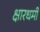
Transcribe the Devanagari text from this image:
क्षारधर्मी